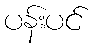
ပန်းပင်